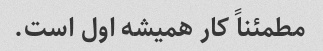
مطمئناً کار همیشه اول است.